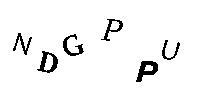
NDGPPU